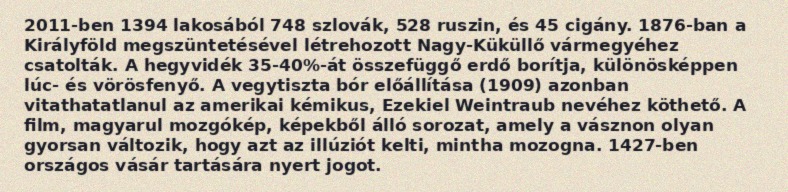
2011-ben 1394 lakosából 748 szlovák, 528 ruszin, és 45 cigány. 1876-ban a Királyföld megszüntetésével létrehozott Nagy-Küküllő vármegyéhez csatolták. A hegyvidék 35-40%-át összefüggő erdő borítja, különösképpen lúc- és vörösfenyő. A vegytiszta bór előállítása (1909) azonban vitathatatlanul az amerikai kémikus, Ezekiel Weintraub nevéhez köthető. A film, magyarul mozgókép, képekből álló sorozat, amely a vásznon olyan gyorsan változik, hogy azt az illúziót kelti, mintha mozogna. 1427-ben országos vásár tartására nyert jogot.